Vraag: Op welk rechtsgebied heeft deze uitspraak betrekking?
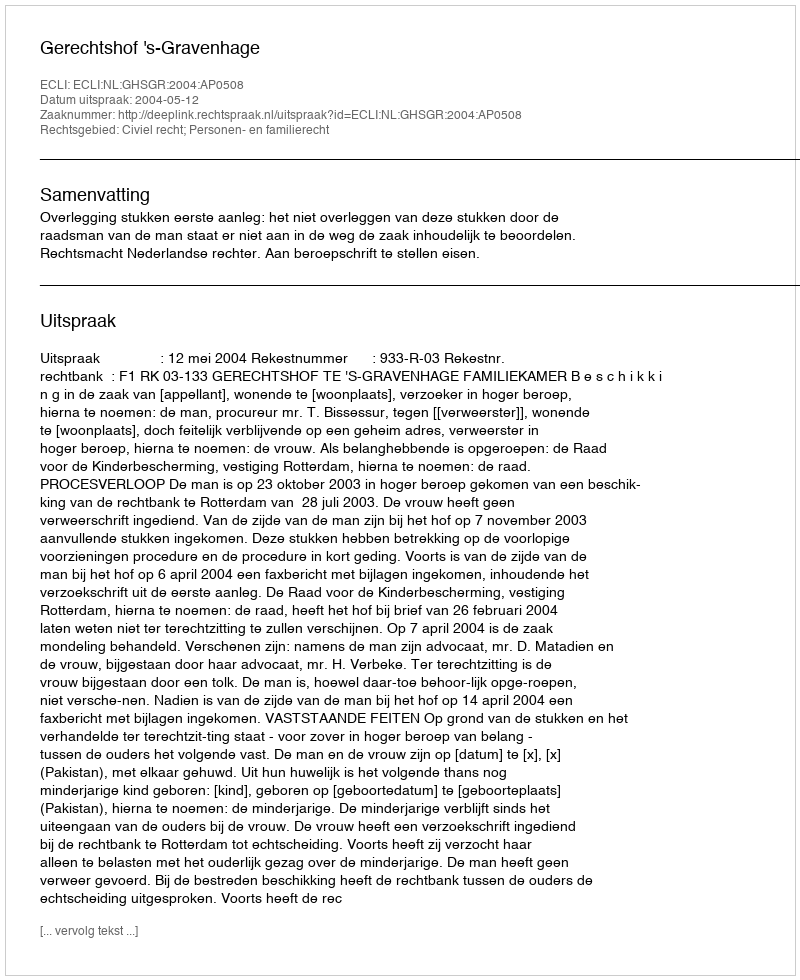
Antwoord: Civiel recht; Personen- en familierecht